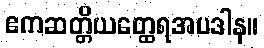
ဧကဆတ္တိယတ္ထေရအပဒါန။